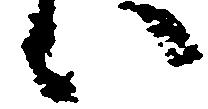
い